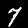
Digit: 7